Civil Veterinary Dept. Bombay admin report 1932-41 - 1932-1941
Year: 1932
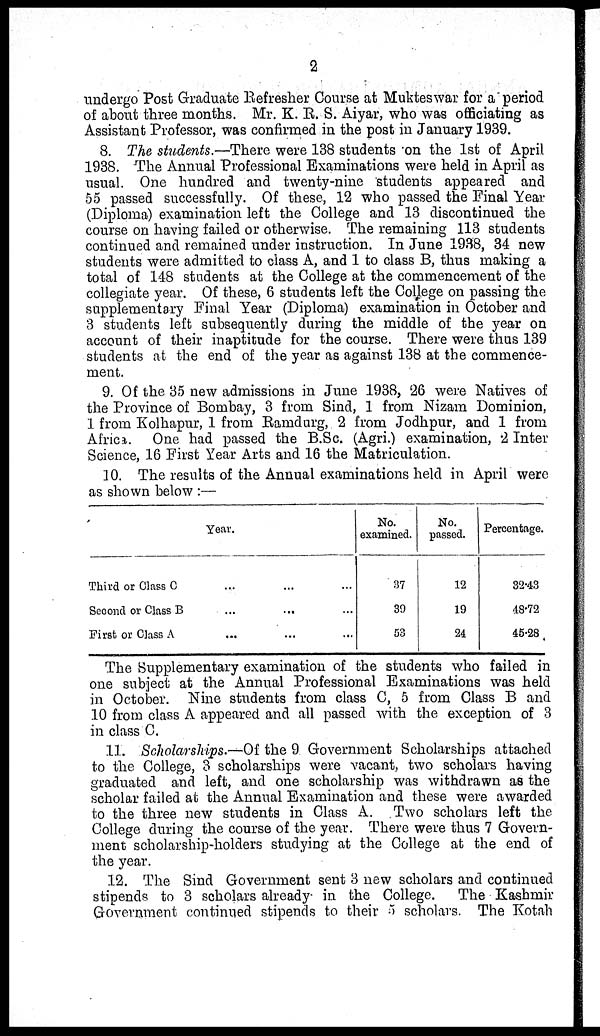
2
undergo Post Graduate Refresher Course at Mukteswar for a period
of about three months. Mr. K. R. S. Aiyar, who was officiating as
Assistant Professor, was confirmed in the post in January 1939.
8. The students.—There were 138 students on the 1st of April
1938. The Annual Professional Examinations were held in April as
usual. One hundred and twenty-nine students appeared and
55 passed successfully. Of these, 12 who passed the Final Year
(Diploma) examination left the College and 13 discontinued the
course on having failed or otherwise. The remaining 113 students
continued and remained under instruction. In June 1938, 34 new
students were admitted to class A, and 1 to class B, thus making a
total of 148 students at the College at the commencement of the
collegiate year. Of these, 6 students left the College on passing the
supplementary Final Year (Diploma) examination in October and
3 students left subsequently during the middle of the year on
account of their inaptitude for the course. There were thus 139
students at the end of the year as against 138 at the commence-
ment.
9. Of the 35 new admissions in June 1938, 26 were Natives of
the Province of Bombay, 3 from Sind, 1 from Nizam Dominion,
1 from Kolhapur, 1 from Ramdurg, 2 from Jodhpur, and 1 from
Africa. One had passed the B.Sc. (Agri.) examination, 2 Inter
Science, 16 First Year Arts and 16 the Matriculation.
10. The results of the Annual examinations held in April were
as shown below :—
Year.
Third or Class C ... ... ...
Second or Class B ... ... ...
First or Class A ... ... ...
No.
examined.
37
39
53
No.
passed.
12
19
24
Percentage.
32.43
48.72
45.28
The Supplementary examination of the students who failed in
one subject at the Annual Professional Examinations was held
in October. Nine students from class C, 5 from Class B and
10 from class A appeared and all passed with the exception of 3
in class C.
11. Scholarships.—Of the 9 Government Scholarships attached
to the College, 3 scholarships were vacant, two scholars having
graduated and left, and one scholarship was withdrawn as the
scholar failed at the Annual Examination and these were awarded
to the three new students in Class A. Two scholars left the
College during the course of the year. There were thus 7 Govern-
ment scholarship-holders studying at the College at the end of
the year.
12. The Sind Government sent 3 new scholars and continued
stipends to 3 scholars already in the College. The Kashmir
Government continued stipends to their 5 scholars. The Kotah